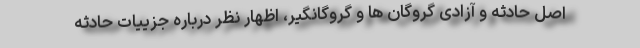
اصل حادثه و آزادی گروگان ها و گروگانگیر، اظهار نظر درباره جزییات حادثه